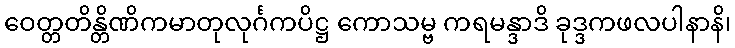
ဝေတ္တတိန္တိဏိကမာတုလုင်္ဂကပိဋ္ဌ ကောသမ္ဗ ကရမန္ဒာဒိ ခုဒ္ဒကဖလပါနာနိ၊